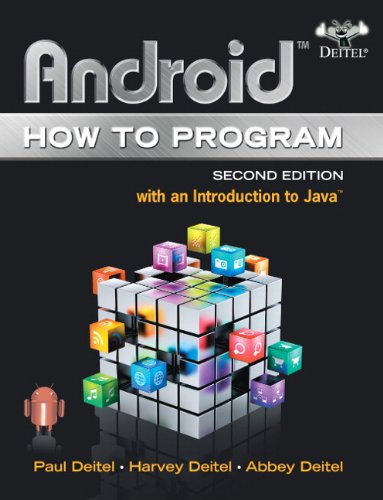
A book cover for Android How to Program (2nd Edition); Paul Deitel; Computers & Technology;